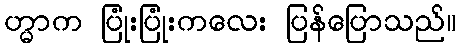
ဟ္မာက ပြုံးပြုံးကလေး ပြန်ပြောသည်။